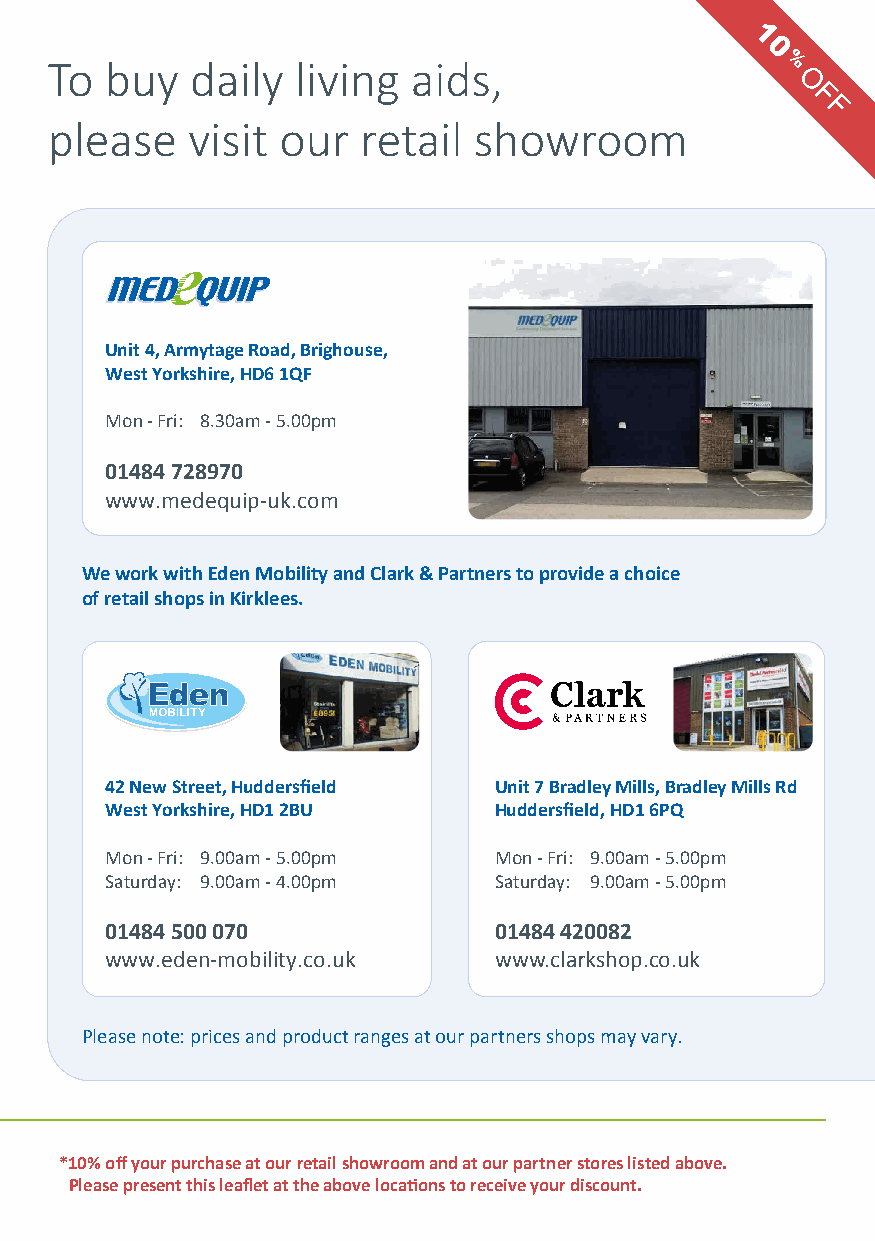
To  buy   daily  living aids,
 please   visit our   retail showroom
 Unit 4, Armytage Road, Brighouse,
 West Yorkshire, HD6 1QF
 Mon - Fri: 8.30am - 5.00pm
 01484 728970
 www.medequip-uk.com
 We work with Eden Mobility and Clark & Partners to provide a choice
 of retail shops in Kirklees.
 42 New Street, Huddersfield Unit 7 Bradley Mills, Bradley Mills Rd
 West Yorkshire, HD1 2BU   Huddersfield, HD1 6PQ
 Mon - Fri: 9.00am - 5.00pm Mon - Fri: 9.00am - 5.00pm
 Saturday: 9.00am - 4.00pm Saturday: 9.00am - 5.00pm
 01484 500 070             01484 420082
 www.eden-mobility.co.uk   www.clarkshop.co.uk
 Please note: prices and product ranges at our partners shops may vary.
 *10% off your purchase at our retail showroom and at our partner stores listed above.
 Please present this leaflet at the above locations to receive your discount.